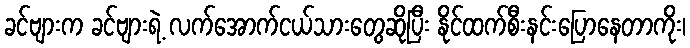
ခင်ဗျားက ခင်ဗျားရဲ့ လက်အောက်ငယ်သားတွေဆိုပြီး နိုင်ထက်စီးနင်းပြောနေတာကိုး၊